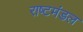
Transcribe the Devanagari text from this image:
राष्टमंडल